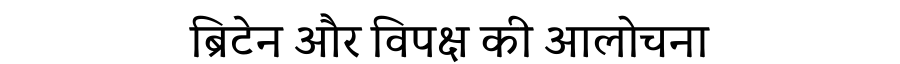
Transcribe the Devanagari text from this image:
ब्रिटेन और विपक्ष की आलोचना